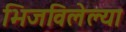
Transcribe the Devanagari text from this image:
भिजविलेल्या